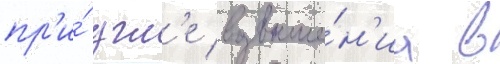
пр'и́ угл'е возвыше́н'иа в